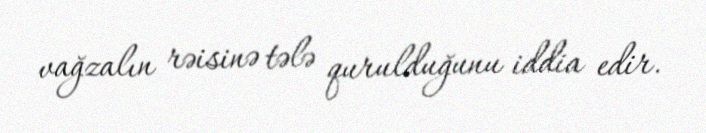
vağzalın rəisinə tələ qurulduğunu iddia edir.